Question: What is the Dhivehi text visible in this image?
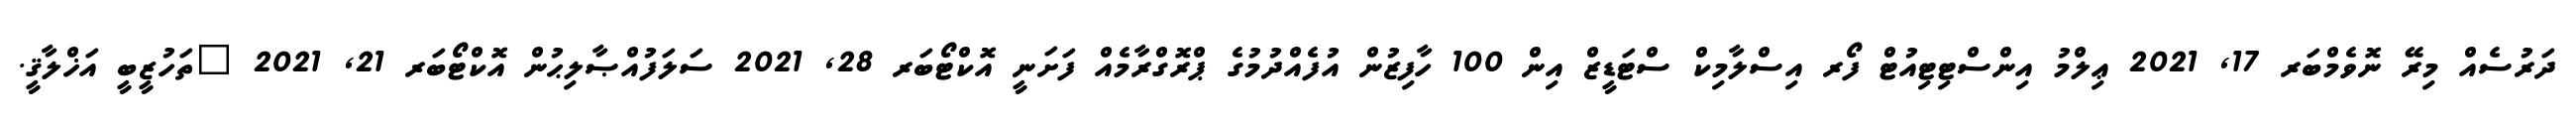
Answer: ދަރުސެއް މިރޭ ނޮވެމްބަރ 17, 2021 ޢިލްމު އިންސްޓިޓިއުޓް ފޯރ އިސްލާމިކް ސްޓަޑީޒް އިން 100 ހާފިޒުން އުފެއްދުމުގެ ޕްރޮގްރާމެއް ފަށަނީ އޮކްޓޯބަރ 28, 2021 ސަލަފުއްޞާލިޙުން އޮކްޓޯބަރ 21, 2021 "ތަހުޒީބީ އަޚްލާޤީ.